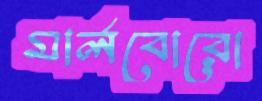
মার্লবোরো